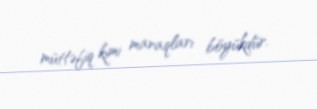
müttəfiq kimi maraqları böyükdür.